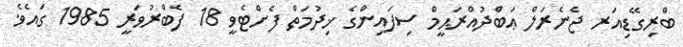
ބްރިގޭޑިއަރ ޖެނެރަލް ޢަބްދުއްރަޙީމް ސިފައިންގެ ޚިދުމަތް ފެށްޓެވީ 18 ފެބްރުވަރީ 1985 ގައެވެ.